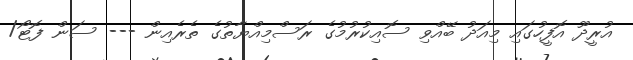
އުރީދޫ އޮފީހުގައި މިއަދު ބޭއްވި ސޮއިކުރުމުގެ ރަސްމިއްޔާތުގެ ތެރެއިން --- ސަން ފޮޓޯ/